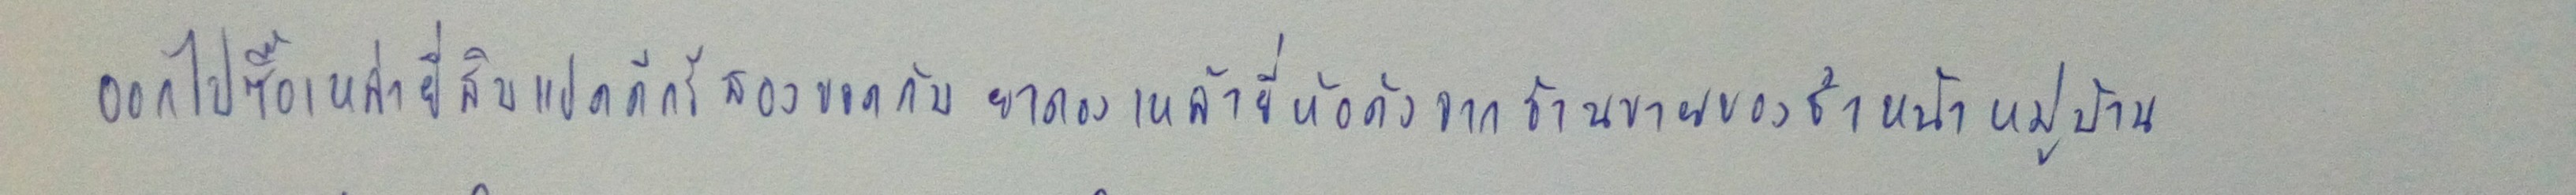
ออกไปซื้อเหล่ายี่สิบแปดดีกรีสองขวดกับยาดองเหล้ายี่ห้อดังจากร้านขายของชำหน้าหมู่บ้าน